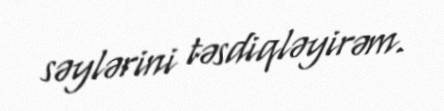
səylərini təsdiqləyirəm.